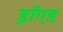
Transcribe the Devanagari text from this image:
ड्रॉएड